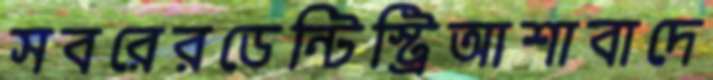
সবরেরডেন্টিস্ট্রিআশাবাদে